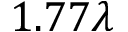
1 . 7 7 \lambda